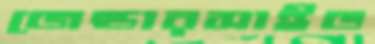
জেন্ডারসাইড